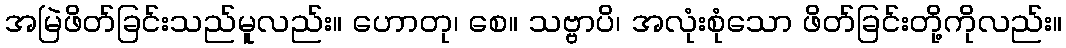
အမြဲဖိတ်ခြင်းသည်မူလည်း။ ဟောတု၊ စေ။ သဗ္ဗာပိ၊ အလုံးစုံသော ဖိတ်ခြင်းတို့ကိုလည်း။